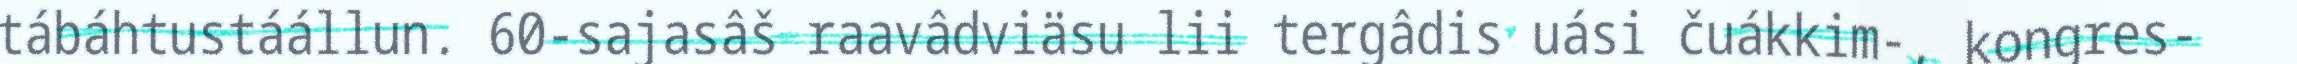
tábáhtustáállun. 60-sajasâš raavâdviäsu lii tergâdis uási čuákkim-, kongres-